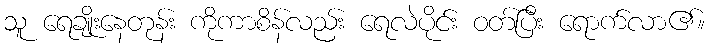
သူ ရေချိုးနေတုန်း ကိုကာစိန်လည်း ရေလဲပိုင်း ဝတ်ပြီး ရောက်လာ၏။